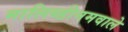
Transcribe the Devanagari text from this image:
मालिब्डीनमवाले